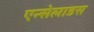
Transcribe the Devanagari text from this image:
एन्सेलाडस